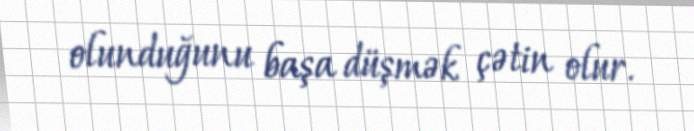
olunduğunu başa düşmək çətin olur.